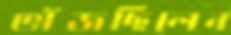
ভাঁজছিলেন